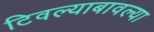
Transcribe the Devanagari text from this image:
टिवल्याबावल्या